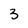
Character: 3